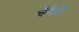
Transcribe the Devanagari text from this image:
चैरीटी